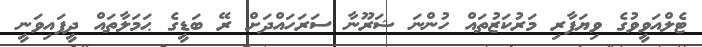
ޓެލްއަވީވުގެ ވިޔަފާރި މަރުކަޒުތައް ހުންނަ ޝަރޫނާ ސަރަހައްދަށް ރޭ ބަޑީގެ ޙަމަލާތައް ދީފައިވަނީ